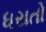
ધરાતો